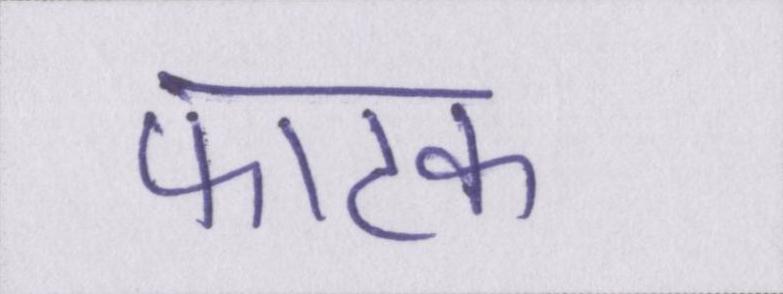
फाटक